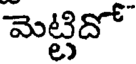
మెట్టిదో